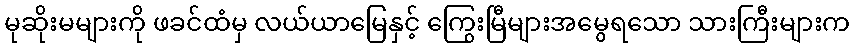
မုဆိုးမများကို ဖခင်ထံမှ လယ်ယာမြေနှင့် ကြွေးမြီများအမွေရသော သားကြီးများက